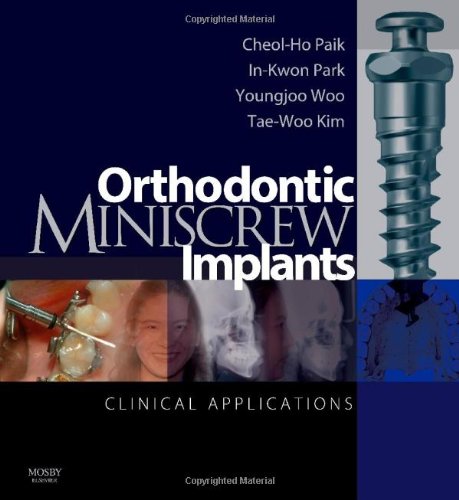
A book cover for Orthodontic Miniscrew Implants: Clinical Applications, 1e; Cheol-Ho Paik DDS  PhD  FACD; Medical Books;